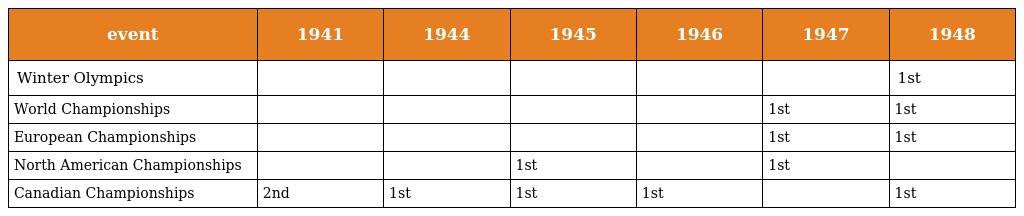
| event | 1941 | 1944 | 1945 | 1946 | 1947 | 1948 |
 | --- | --- | --- | --- | --- | --- | --- |
 | Winter Olympics |  |  |  |  |  | 1st |
 | World Championships |  |  |  |  | 1st | 1st |
 | European Championships |  |  |  |  | 1st | 1st |
 | North American Championships |  |  | 1st |  | 1st |  |
 | Canadian Championships | 2nd | 1st | 1st | 1st |  | 1st |